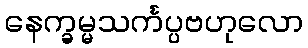
နေက္ခမ္မသင်္ကပ္ပဗဟုလော